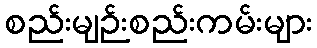
စည်းမျဉ်းစည်းကမ်းများ